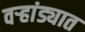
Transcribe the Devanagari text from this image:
वऱ्हांड्यात